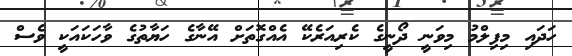
ހަދައި މިފިލްމު މިވަނީ ދޯނީގެ ކެރިއަރެކޭ އެއްގޮތަށް އޭނާގެ ހަޔާތުގެ ވާހަކައަކީ ވެސް